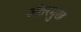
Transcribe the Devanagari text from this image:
अंतरमुख